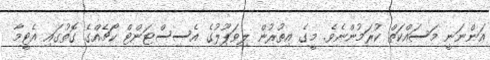
އަންނަނީ މަސައްކަތް ކުރަމުންނެވެ. މީގެ އިތުރުން ލިވަޕޫލުގެ އެސިސްޓަންޓް ކޯޗެއްގެ ގޮތުގައި އެޓީމާ